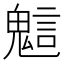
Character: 𧪵